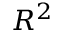
R ^ { 2 }